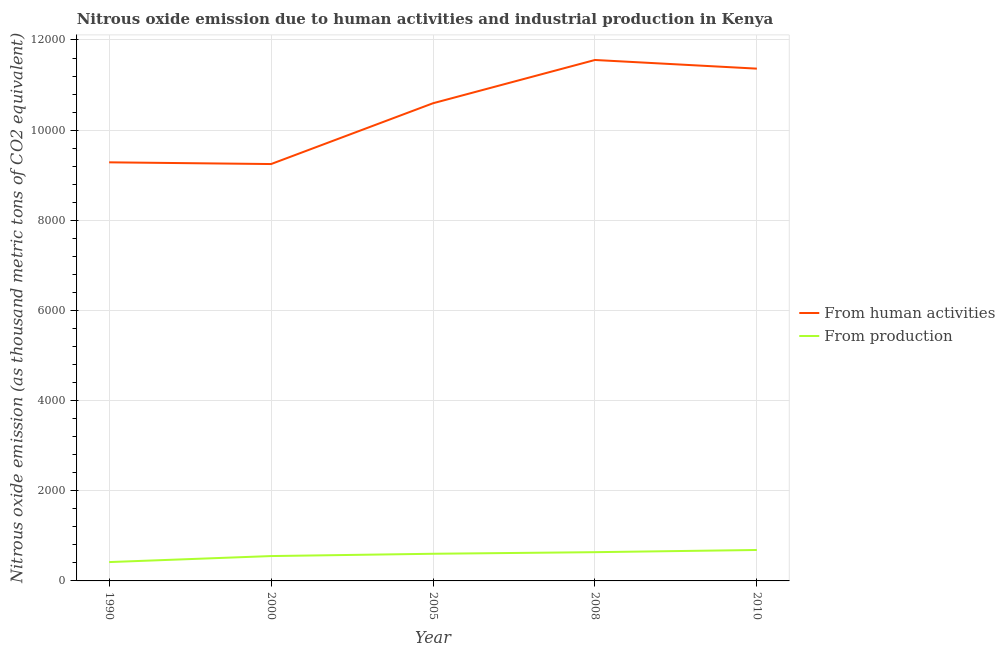
| Year | From human activities | From production |
 | --- | --- | --- |
 | 1990 | 9.29e+03 | 418 |
 | 2000 | 9.25e+03 | 552 |
 | 2005 | 1.06e+04 | 602 |
 | 2008 | 1.16e+04 | 638 |
 | 2010 | 1.14e+04 | 686 |